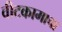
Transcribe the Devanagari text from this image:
वीटकामाचा